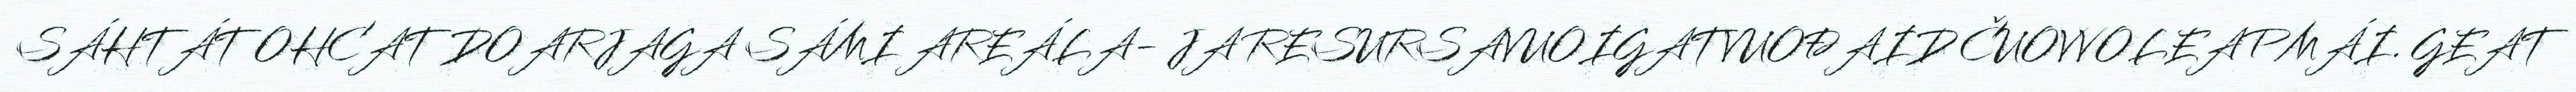
SÁHTÁT OHCAT DOARJAGA SÁMI AREÁLA- JA RESURSAVUOIGATVUOĐAID ČUOVVOLEAPMÁI. GEAT